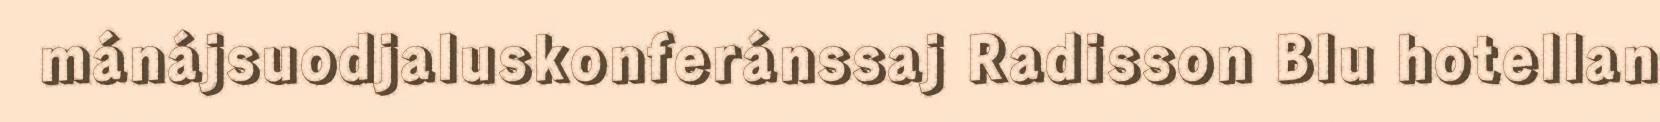
mánájsuodjaluskonferánssaj Radisson Blu hotellan